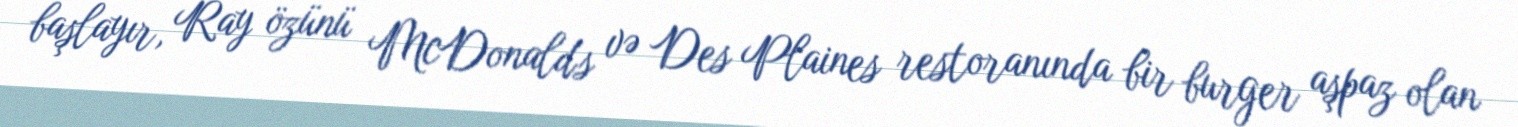
başlayır, Ray özünü McDonald's və Des Plaines restoranında bir burger aşpaz olan